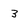
Character: 3